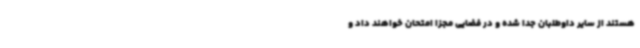
هستند از سایر داوطلبان جدا شده و در فضایی مجزا امتحان خواهند داد و